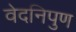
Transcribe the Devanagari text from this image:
वेदनिपुण